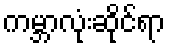
ကမ္ဘာလုံးဆိုင်ရာ